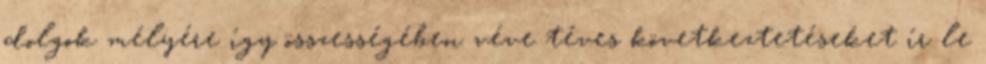
dolgok mélyére így összességében véve téves következtetéseket ír le